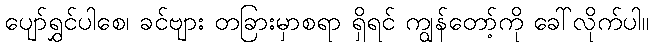
ပျော်ရွှင်ပါစေ၊ ခင်ဗျား တခြားမှာစရာ ရှိရင် ကျွန်တော့်ကို ခေါ်လိုက်ပါ။